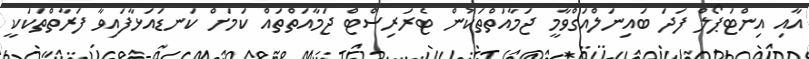
އާއި އިންޓަޕޯލް ފަދަ ބައިނަލްއަގްވާމީ ޖަމާއަތްތަކުން ޓެރަރިސްޓް ޖަމާއަތްތައް ކަމަށް ކަނޑައަޅާފައިވާ ފަރާތްތަކަކީ